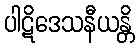
ပါဋိဒေသနီယန္တိ